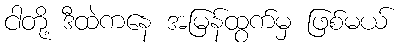
ငါတို့ ဒီထဲကနေ အမြန်ထွက်မှ ဖြစ်မယ်